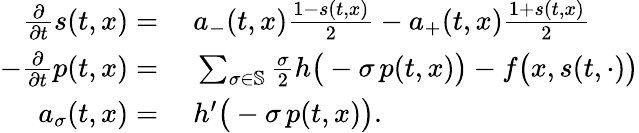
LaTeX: \begin{array}{rl}{\frac{\partial}{\partial t}s(t,x)=}&{\ a_{-}(t,x)\frac{1-s(t,x)}{2}-a_{+}(t,x)\frac{1+s(t,x)}{2}}\\ {-\frac{\partial}{\partial t}p(t,x)=}&{\ \sum_{\sigma\in\mathbb{S}}\frac{\sigma}{2}h\big(-\sigma\, p(t,x)\big)-f\big(x,s(t,\cdot)\big)}\\ {a_{\sigma}(t,x)=}&{\ h^{\prime}\big(-\sigma\, p(t,x)\big).}\end{array}